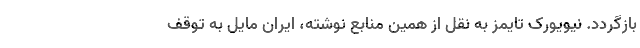
بازگردد. نیویورک تایمز به نقل از همین منابع نوشته، ایران مایل به توقف